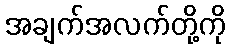
အချက်အလက်တို့ကို